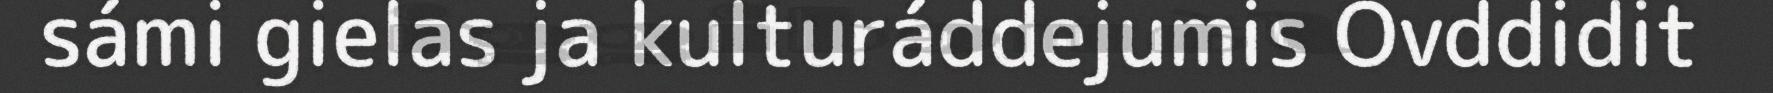
sámi gielas ja kulturáddejumis Ovddidit